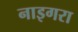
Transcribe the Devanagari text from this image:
नाइगरा